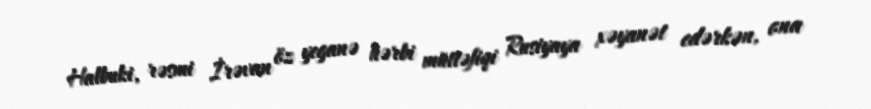
Halbuki, rəsmi İrəvan öz yeganə hərbi müttəfiqi Rusiyaya xəyanət edərkən, ona